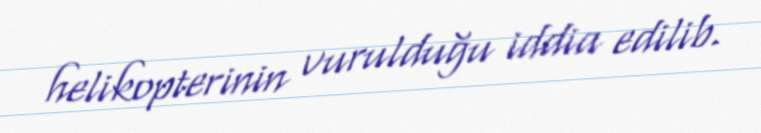
helikopterinin vurulduğu iddia edilib.